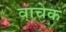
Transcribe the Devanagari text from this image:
वाचेक